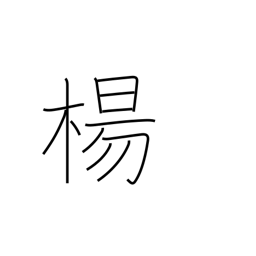
Meaning: willow